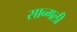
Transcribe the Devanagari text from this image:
सान्गली